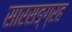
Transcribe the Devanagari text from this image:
सारसङ्ग्रह